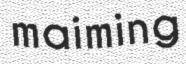
maiming